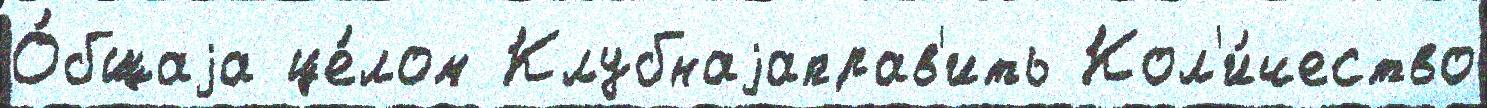
О́бщаjа це́лом Клубнаjаправ'ить Кол'и́чество